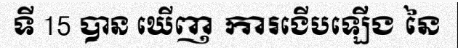
ទី 15 បាន ឃើញ ការងើបឡើង នៃ